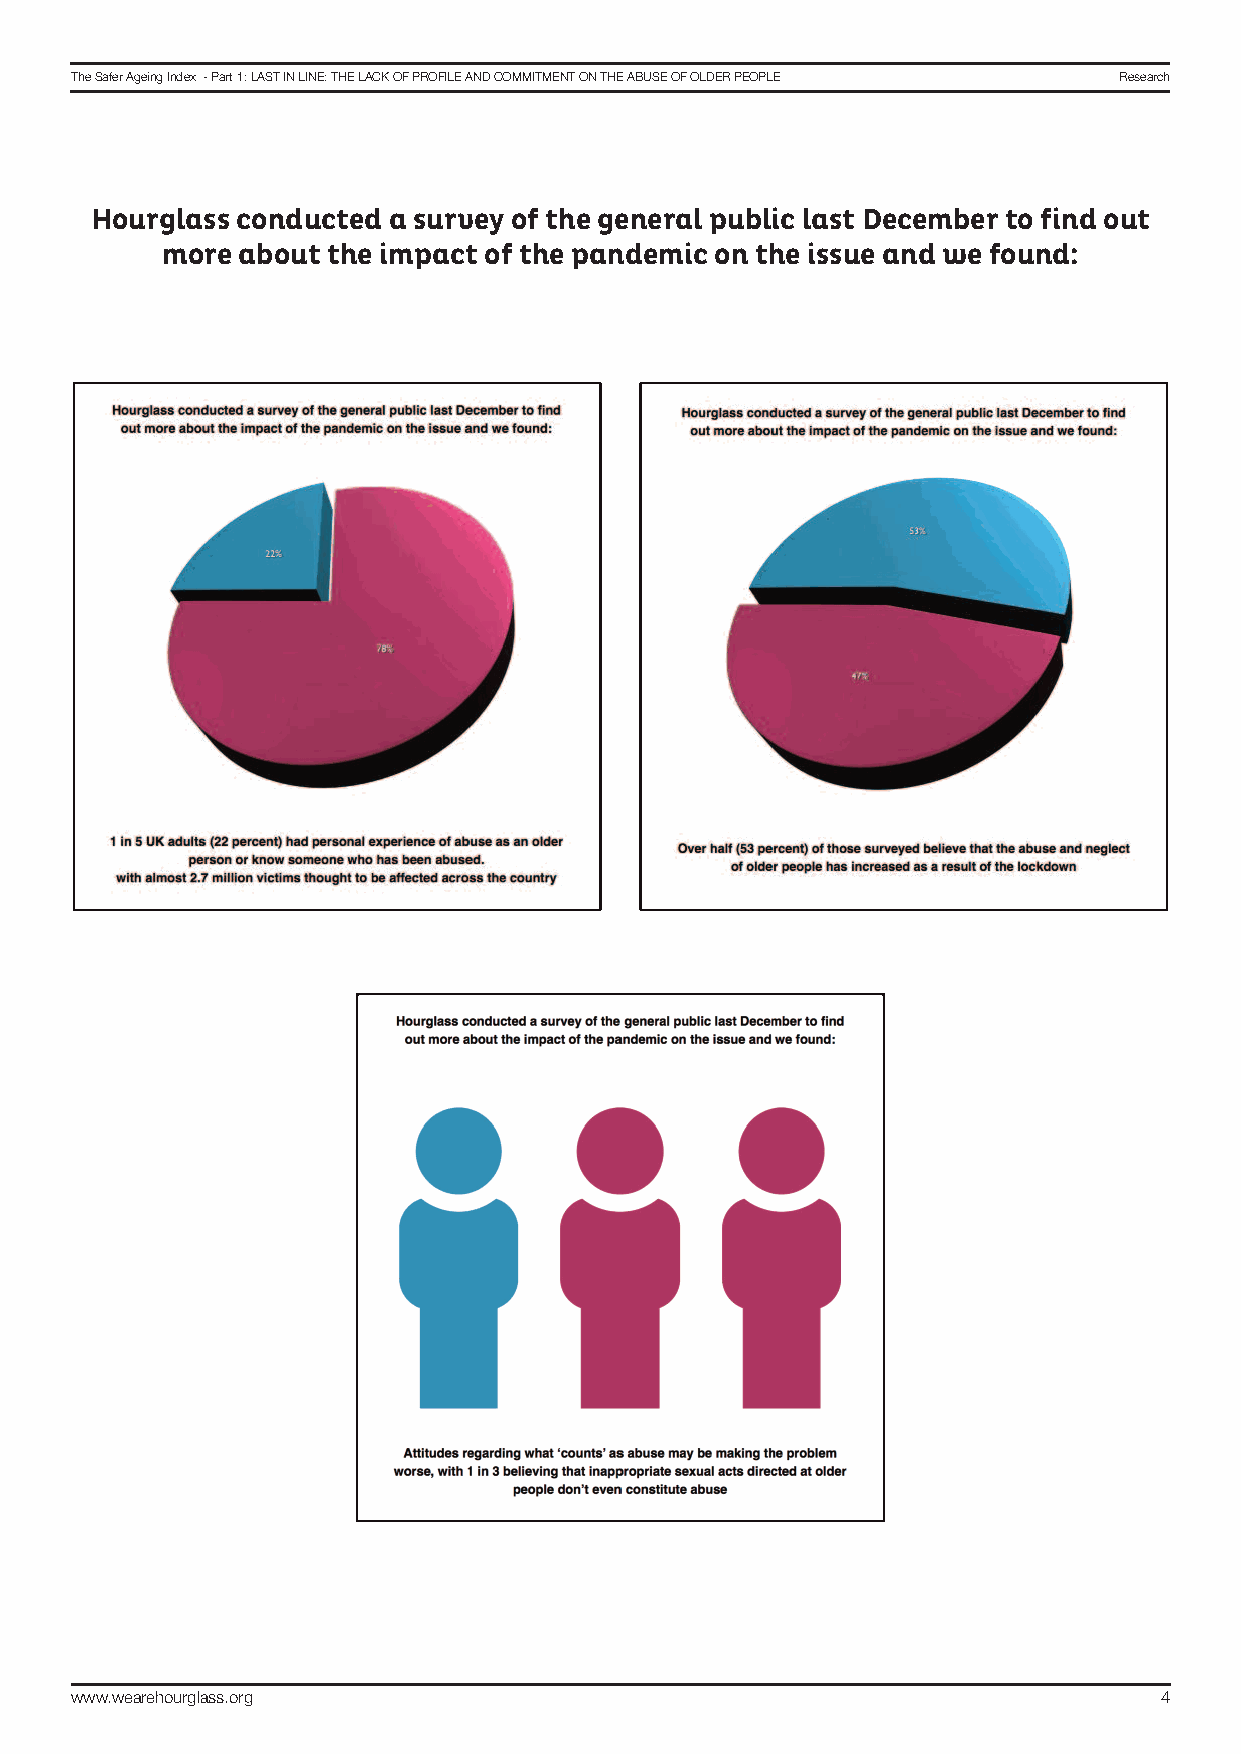
The Safer Ageing Index - Part 1: LAST In LIne: The LAck of ProfILe And commITmenT on The AbuSe of oLder PeoPLe research
 Hourglass conducted a survey of the general public last December to find out
 more about the impact of the pandemic on the issue and we found:
 www.wearehourglass.org                                                  4